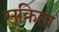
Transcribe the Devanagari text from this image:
सक्रिता